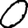
Digit: 0